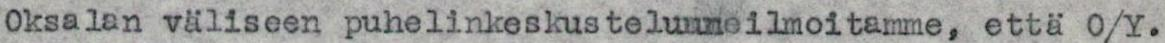
Oksalan väliseen puhelinkeskusteluuneilmoitamme, että O/Y.